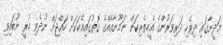
މަދީނާގައި ދިވެހި ދަރިވަރުންގެ އެހީތެރިކަން ނަމޫނާއެއްގެ ގޮތުގައިއެކަކަށް ހައްޖަށް ނުދެވި ހުރީ ނުބައިވި